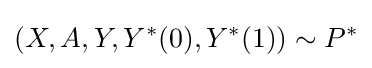
(X,A,Y,Y^{\ast }(0),Y^{\ast }(1))\sim P^{\ast }